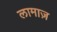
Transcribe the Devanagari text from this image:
लामाज़